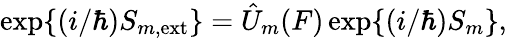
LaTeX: \mathrm{exp}\{ (i/\hbar)S_{m,\mathrm{ext}}\} =\hat{U}_{m}(F)\, \mathrm{exp}\{ (i/\hbar)S_{m}\} ,